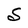
Character: S